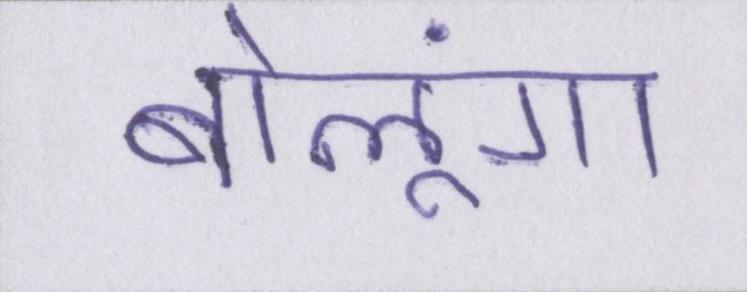
बोलूंगा